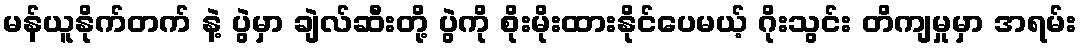
မန်ယူနိုက်တက် နဲ့ ပွဲမှာ ချဲလ်ဆီးတို့ ပွဲကို စိုးမိုးထားနိုင်ပေမယ့် ဂိုးသွင်း တိကျမှုမှာ အရမ်း